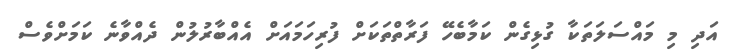
އަދި މި މައްސަލަތަކާ ގުޅިގެން ކަމާބެހޭ ފަރާތްތަކަށް ފުރިހަމައަށް އެއްބާރުލުން ދެއްވާނެ ކަމަށްވެސް